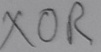
Text: XOR